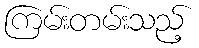
ကြမ်းတမ်းသည့်